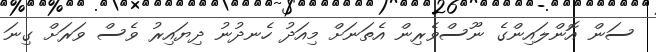
ސަން އޮންލައިންގެ ނޫސްވެރިން އެތަނަށް މިއަދު ހެނދުނު ދިޔައިރު ވެސް ވަރަށް ގިނަ